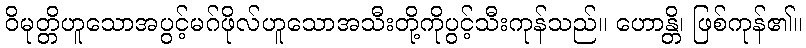
ဝိမုတ္တိဟူသောအပွင့်မဂ်ဖိုလ်ဟူသောအသီးတို့ကိုပွင့်သီးကုန်သည်။ ဟောန္တိ၊ ဖြစ်ကုန်၏။